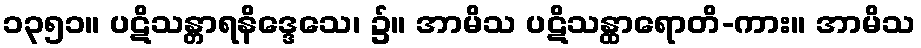
၁၃၅၁။ ပဋိသန္တာရနိဒ္ဒေသေ၊ ၌။ အာမိသ ပဋိသန္ထာရောတိ-ကား။ အာမိသ